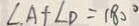
\angle A + \angle D = 1 8 0 ^ { \circ }